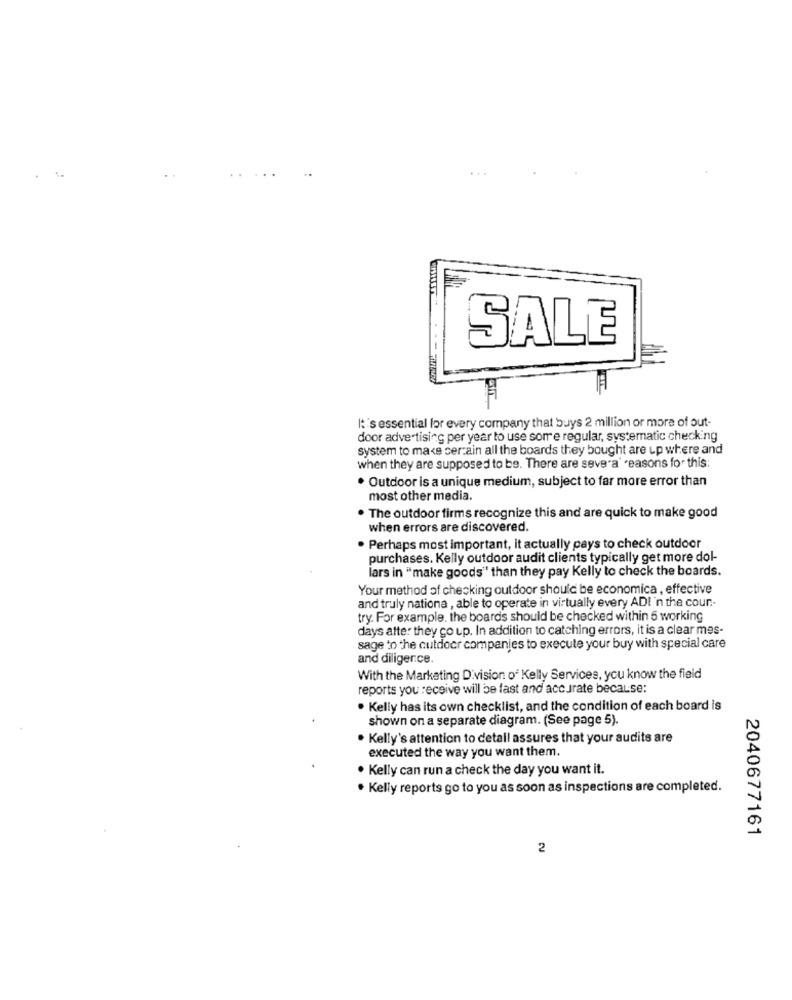
SALE
I: 's essential for every company that buys 2 million or more of out-
door advertising per year to use some regular, systematic checking
system to make certain all the boards they bought are up where and
when they are supposed to be. There are severa' reasons for this:
· Outdoor is a unique medium, subject to far more error than
most other media.
. The outdoor firms recognize this and are quick to make good
when errors are discovered.
. Perhaps most important, it actually pays to check outdoor
purchases. Kelly outdoor audit clients typically get more dol-
lars in "make goods" than they pay Kelly to check the boards.
Your method of checking outdoor should be economica , effective
and truly nationa , able to operate in virtually every ADI'n the cour ..
try. For example, the boards should be checked within 5 working
days after they go up. In addition to catching errors, it is a clear mes-
sage to the cutdoor companies to execute your buy with special care
and diligence.
With the Marketing Division of Kelly Services, you know the field
reports you receive will be fast and accurate because:
. Kelly has its own checklist, and the condition of each board is
shown on a separate diagram. (See page 5).
Kelly's attention to detail assures that your audits are
executed the way you want them.
. Kelly can run a check the day you want it.
. Kelly reports go to you as soon as inspections are completed.
2040677161
2